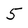
Character: 5